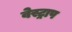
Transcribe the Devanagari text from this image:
वेस्ट्राप